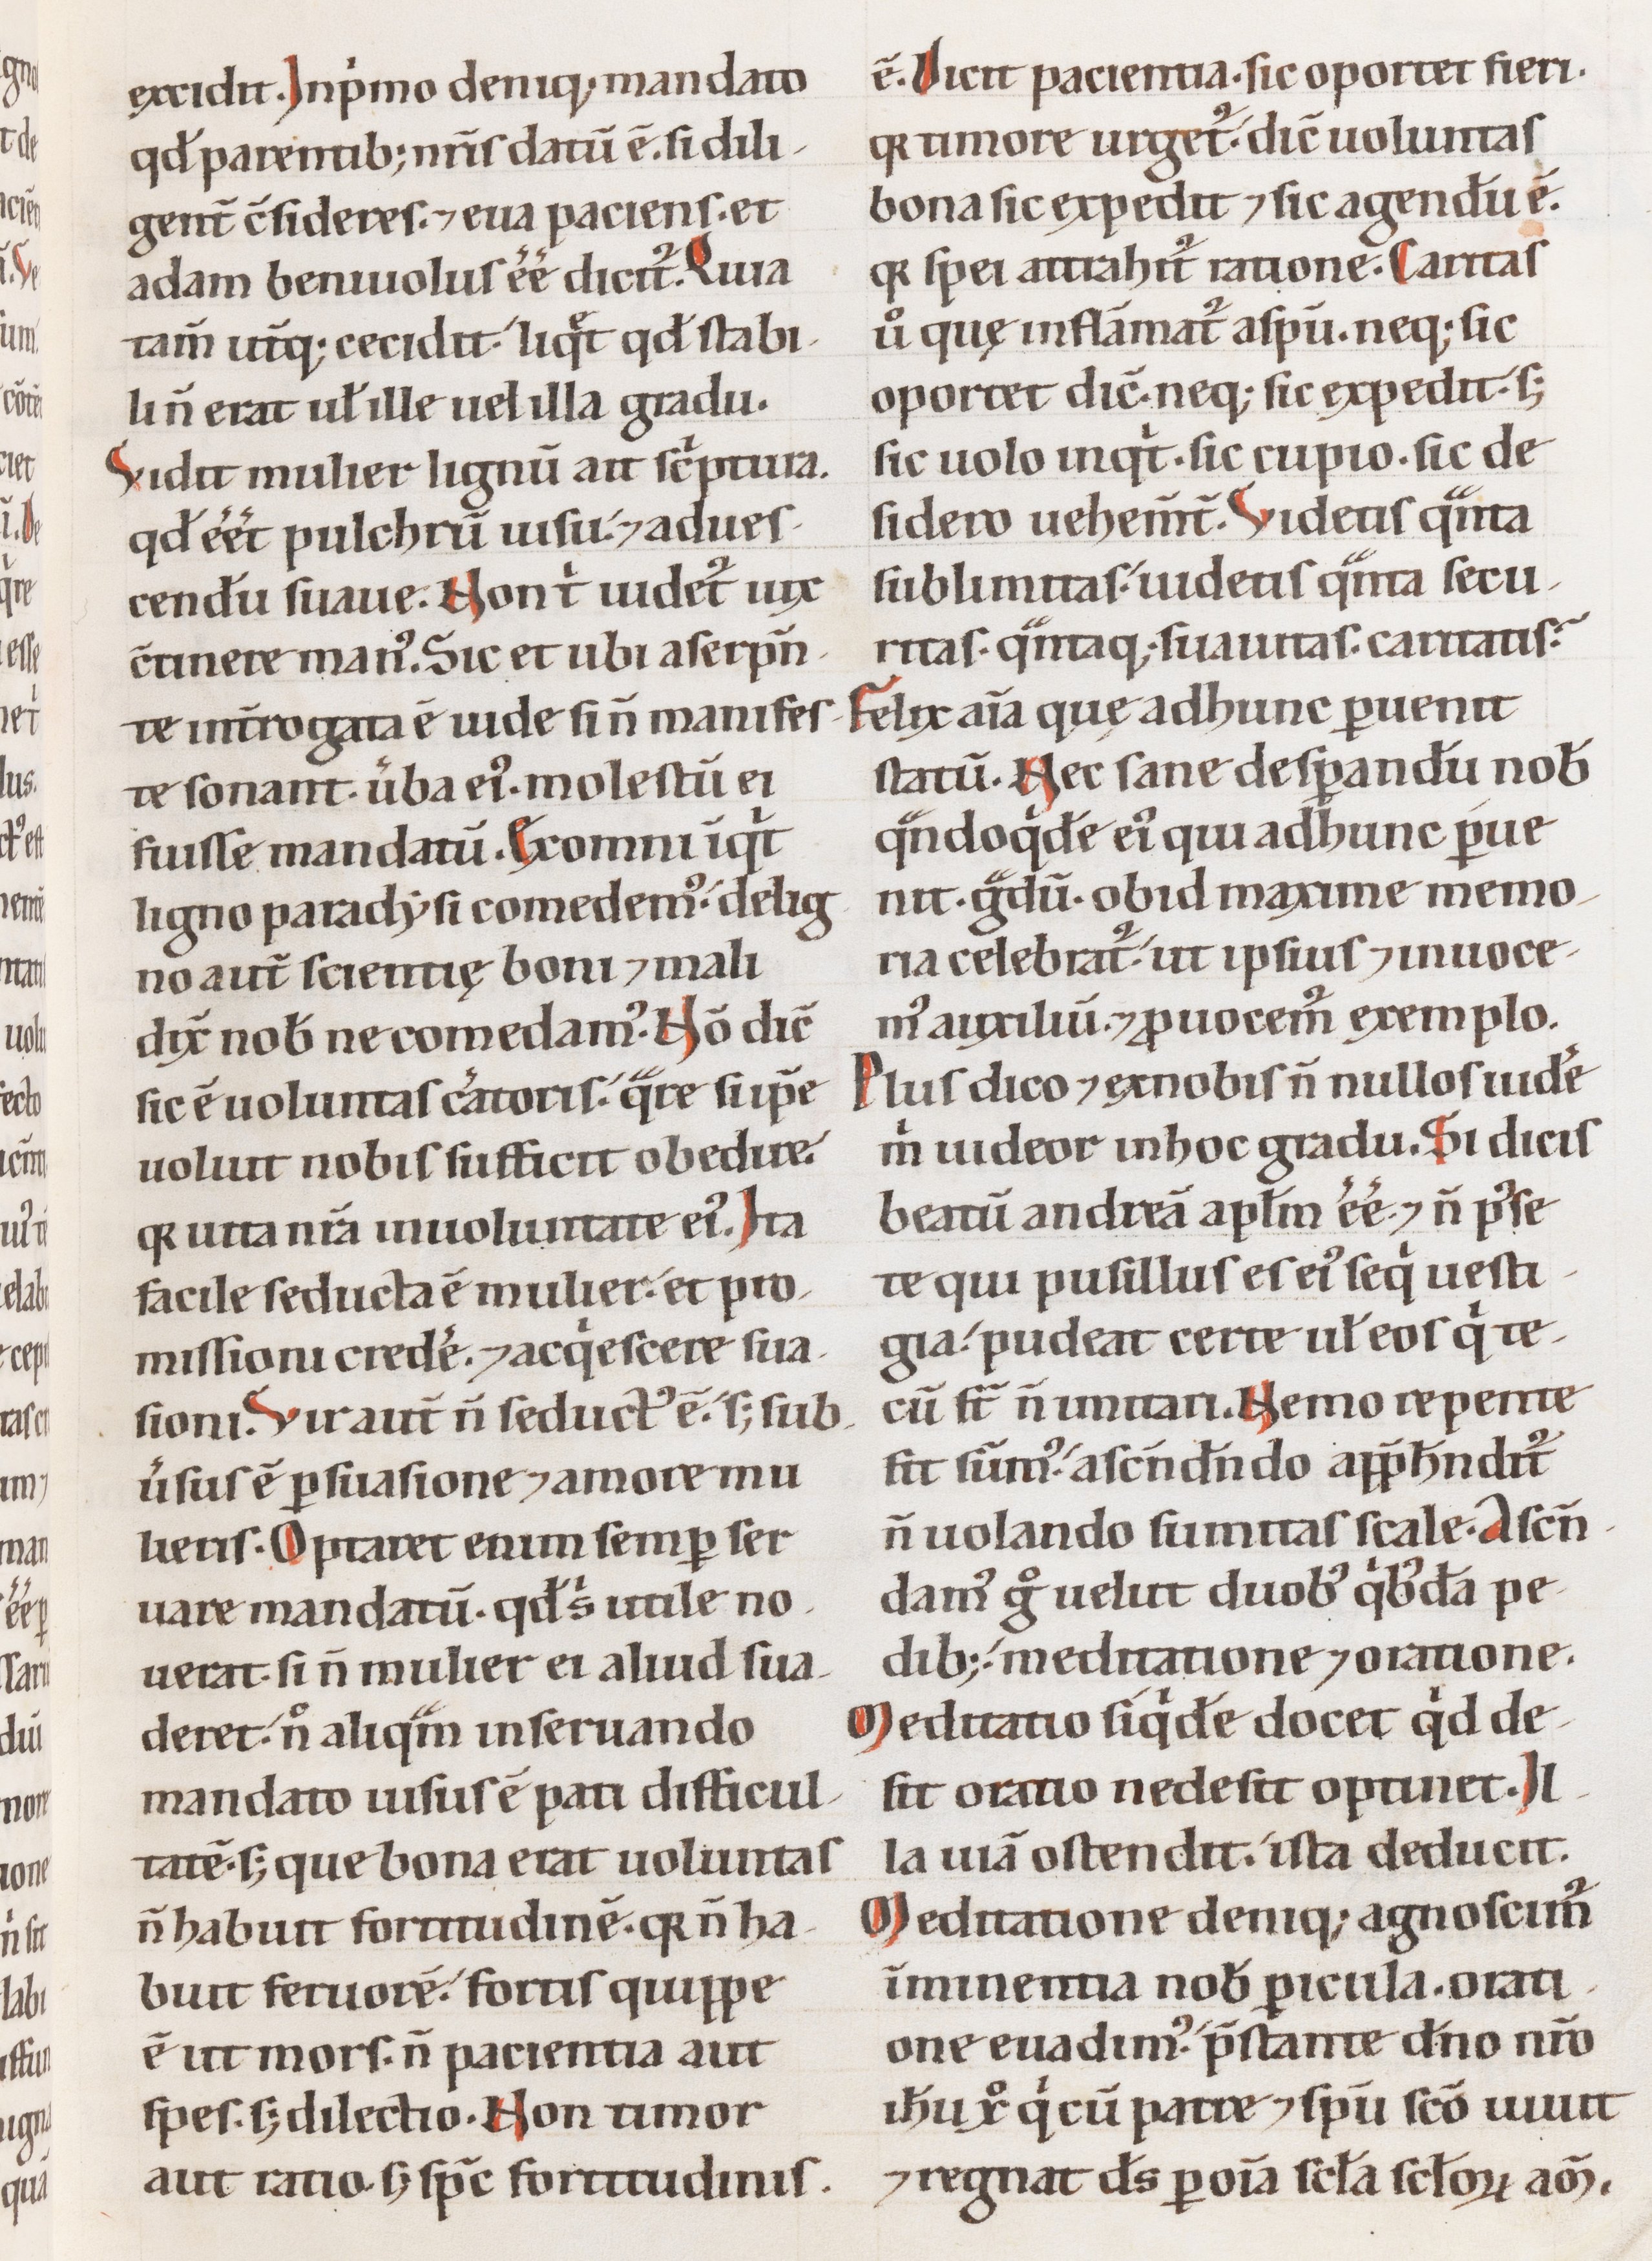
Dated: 1100–1199